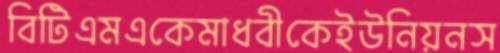
বিটিএমএকেমাধবীকেইউনিয়নস